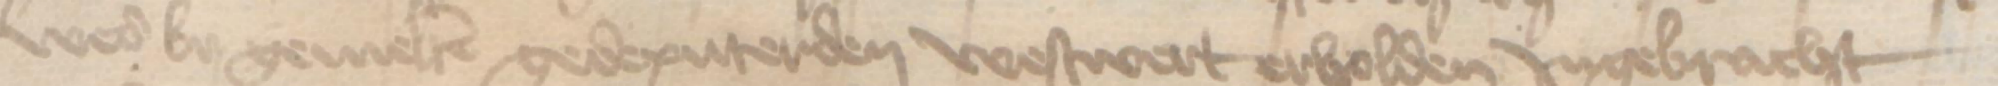
wer by gemelten gedeputerden westwert erholden Jngebracht